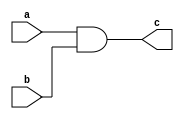
module continuous_assignment (
    input wire a,
    input wire b,
    output reg c
);

assign c = a & b;

endmodule